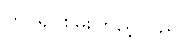
တင်၍ စမ်းကြည့်သည်။